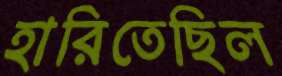
হারিতেছিল